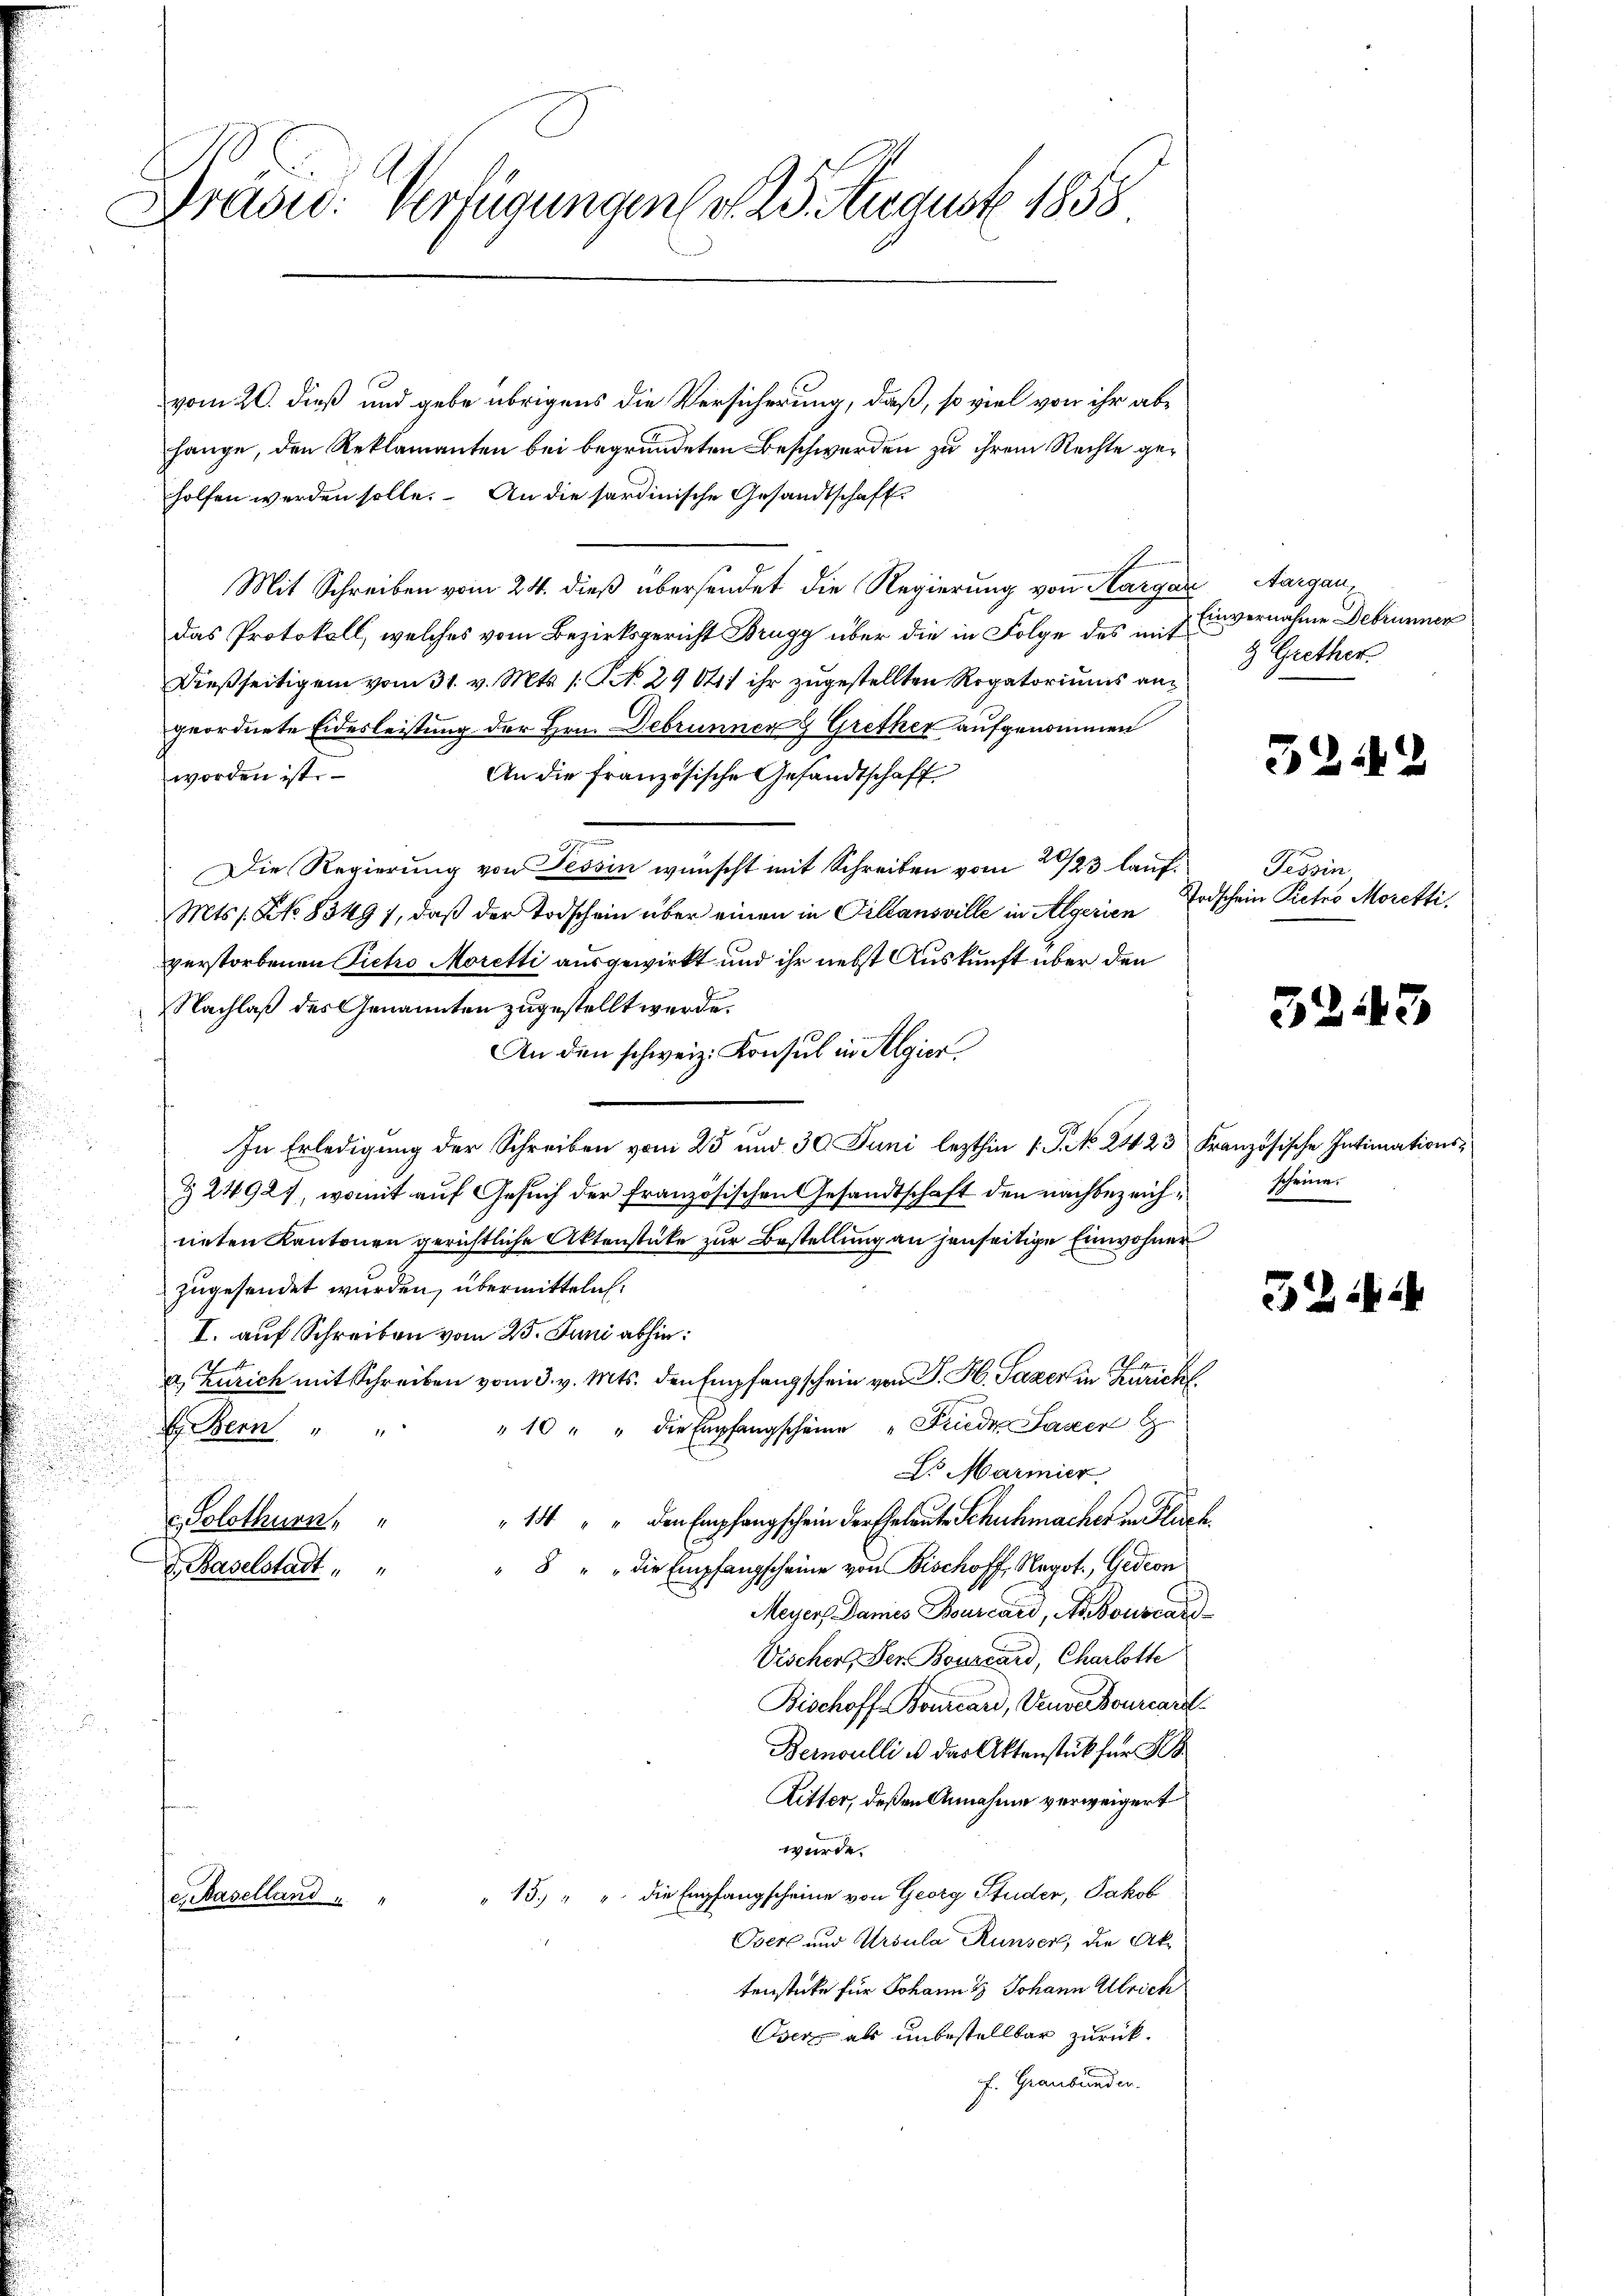
Dräsid. Verfügungen d. 25. August 1858

vom 20. dieß und gebe übrigens die Versicherung, daß, so viel von ihr abhange, den Reklamanten bei begründeten Beschwerden zu ihrem Rechte geholfen werden solle. An die sardinische Gesandtschaft
Mit Schreiben vom 24. dieß übersendet die Regierung von Aargau, Aargaudas Protokoll, welches vom Bezirksgericht Brugg über die in Folge des mit
Dießseitigem vom 31. v. Mts. s. S. 29041 ihr zugestellten Rogatoriums angeordnete Eidesleistung der Hrn. Debrunnen Grether aufgenommen
worden ist.
An die französische Gesandtschaft
Die Regierung von Tessin wünscht mit Schreiben vom 20/23 lauf Tessin
Mts. s. No. 8349), daß der Todschein über einen in Villansville in Algerien
verstorbenen Pietro Moretti ausgewirkt und ihr nebst Auskunft über den
Nachlaß des Genannten zugestellt werde.
An den schweiz. Konsul in Algier
In Erledigung der Schreiben vom 25 und 30 Juni lezthin 1. P. No. 2423 Französische Intimations¬
§ 24927, womit auf Gesuch der französischen Gesandtschaft den nachbezeichneten Kantonen gerichtliche Aktenstüke zur Bestellung an jenseitige Einwohner
zugesendet wurden, übermitteln.
I. auf Schreiben vom 23. Juni abhin:
a. Zürich mit Schreiben vom 3. v. Mts. den Empfangschein von J. H. Pazer in Zürich
"10 " " die Empfangscheine „Frieder Lager
E. Bern
Dr Marmier
"14 " " den Empfangschein der Eheleute Schuhmacher in Plisch
Solothurn,
"8 " " die Empfangscheine von Bischoff, Negot., Gedion
d. Baselstadt
Meyers Dames Bourcard, A. Bourcar
Vischer. Der Bourcard, Charlotte
Bischoff- Bourcard, Wende Bourcart
Bernoulli u das Aktenstück für
Ritter, deßen Annahme verweigert
wurde.
15.) " " die Empfangscheine von Georg Studer, Jakob
e. Baselland " "
Bek und Ursula Runser, die Aktenstücke für Johann & Johann Ulrich
Oser als unbestellbar zurückf. Graubünden.

Einvernahme Debrunnen
& Grether

32.49

Todschein Pietro Moretti,

3243

scheine.

32